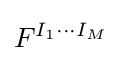
F^{I_{1}\cdots I_{M}}